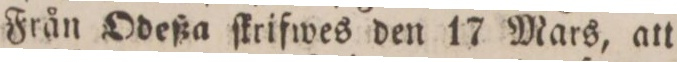
Från Odeßa ſkrifwes den 17 Mars, att